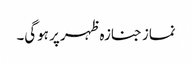
نماز جنازہ ظہر پر ہوگی۔